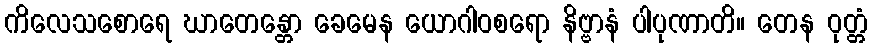
ကိလေသစောရေ ဃာတေန္တော ခေမေန ယောဂါဝစရော နိဗ္ဗာနံ ပါပုဏာတိ။ တေန ဝုတ္တံ